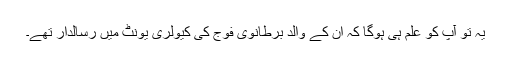
یہ تو آپ کو علم ہی ہوگا کہ ان کے والد برطانوی فوج کی کیولری یونٹ میں رسالدار تھے۔